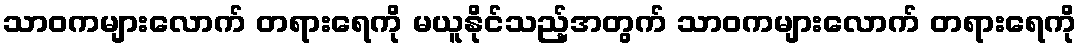
သာဝကများလောက် တရားရေကို မယူနိုင်သည့်အတွက် သာဝကများလောက် တရားရေကို